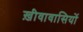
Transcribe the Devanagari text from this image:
ख़ीवावासियों